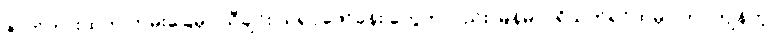
ဇာတ်ကားထဲက ကမ်းခြေမှာ သီချင်း သရုပ်ဖော်ခန်း တွေကလည်း မြန်မာပရိသတ်ရင်ထဲမှာ တင်ကျန်တဲ့